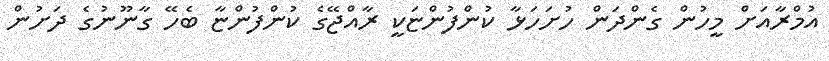
އުމްރާއަށް މީހުން ގެންދަން ހުށަހަޅާ ކުންފުންޏަކީ ރާއްޖޭގެ ކުންފުންޏާ ބެހޭ ގާނޫނުގެ ދަށުން